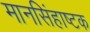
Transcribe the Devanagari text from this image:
मानसिंहाष्टक